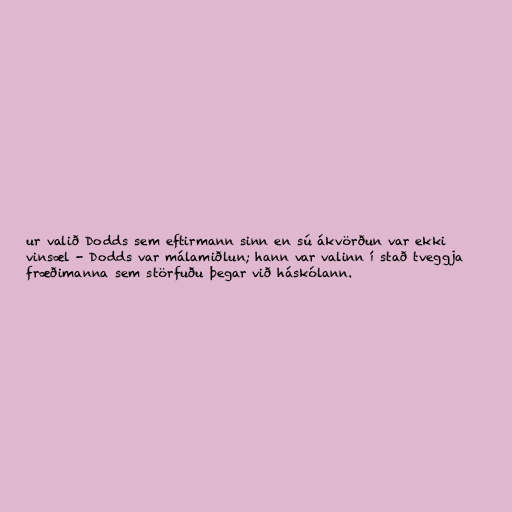
ur valið Dodds sem eftirmann sinn en sú ákvörðun var ekki
vinsæl - Dodds var málamiðlun; hann var valinn í stað tveggja
fræðimanna sem störfuðu þegar við háskólann.